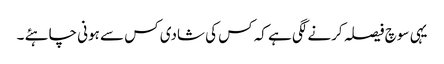
یہی سوچ فیصلہ کرنے لگی ہے کہ کس کی شادی کس سے ہونی چاہئے ۔